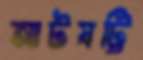
আটষট্টি